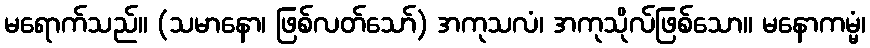
မရောက်သည်။ (သမာနော၊ ဖြစ်လတ်သော်) အကုသလံ၊ အကုသိုလ်ဖြစ်သော။ မနောကမ္မံ၊